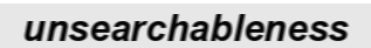
unsearchableness